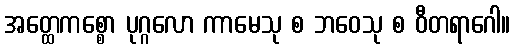
အတ္ထေကစ္စော ပုဂ္ဂလော ကာမေသု စ ဘဝေသု စ ဝီတရာဂေါ။